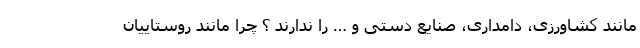
مانند کشاورزی، دامداری، صنایع دستی و … را ندارند ؟ چرا مانند روستاییان